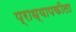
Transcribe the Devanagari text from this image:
प्राध्यापकीला